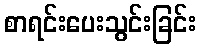
စာရင်းပေးသွင်းခြင်း